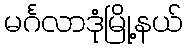
မင်္ဂလာဒုံမြို့နယ်